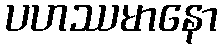
ပဟဿမာနော